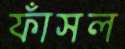
ফাঁসল